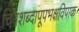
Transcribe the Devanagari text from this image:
चित्रशब्दापूपभक्षविपाक